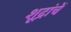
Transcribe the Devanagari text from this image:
शूद्रांचें